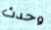
وحدث